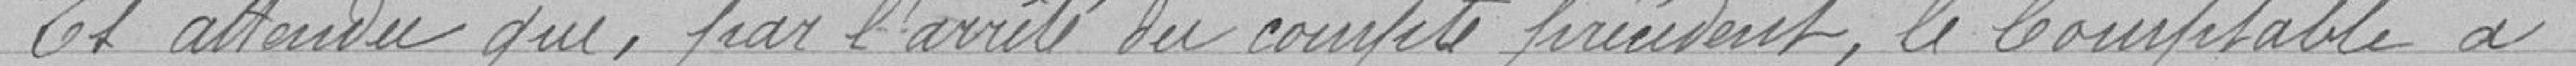
Et attendu que, par l'arreté du compte précédent, le Comptable a